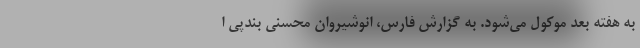
به هفته بعد موکول می‌شود. به گزارش فارس،‌ انوشیروان محسنی بندپی ا